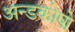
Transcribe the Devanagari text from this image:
अन्डकोषो